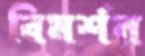
বিমর্শন